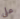
على